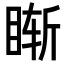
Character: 𥇢